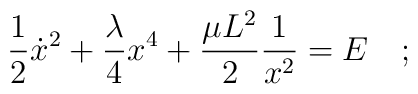
{1\over 2}{\dot x}^2+{\lambda \over 4}x^4+{\mu L^2\over 2}{1\over x^2}=E~~~;